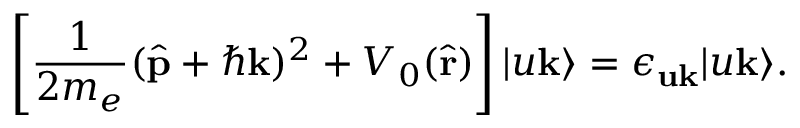
\left[ \frac { 1 } { 2 m _ { e } } ( \hat { \mathbf { p } } + \hbar \mathbf { k } ) ^ { 2 } + V _ { 0 } ( \hat { \mathbf { r } } ) \right] | u \mathbf { k } \rangle = \epsilon _ { \mathbf { u k } } | u \mathbf { k } \rangle .